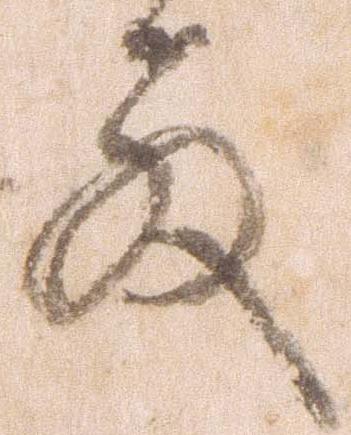
殿